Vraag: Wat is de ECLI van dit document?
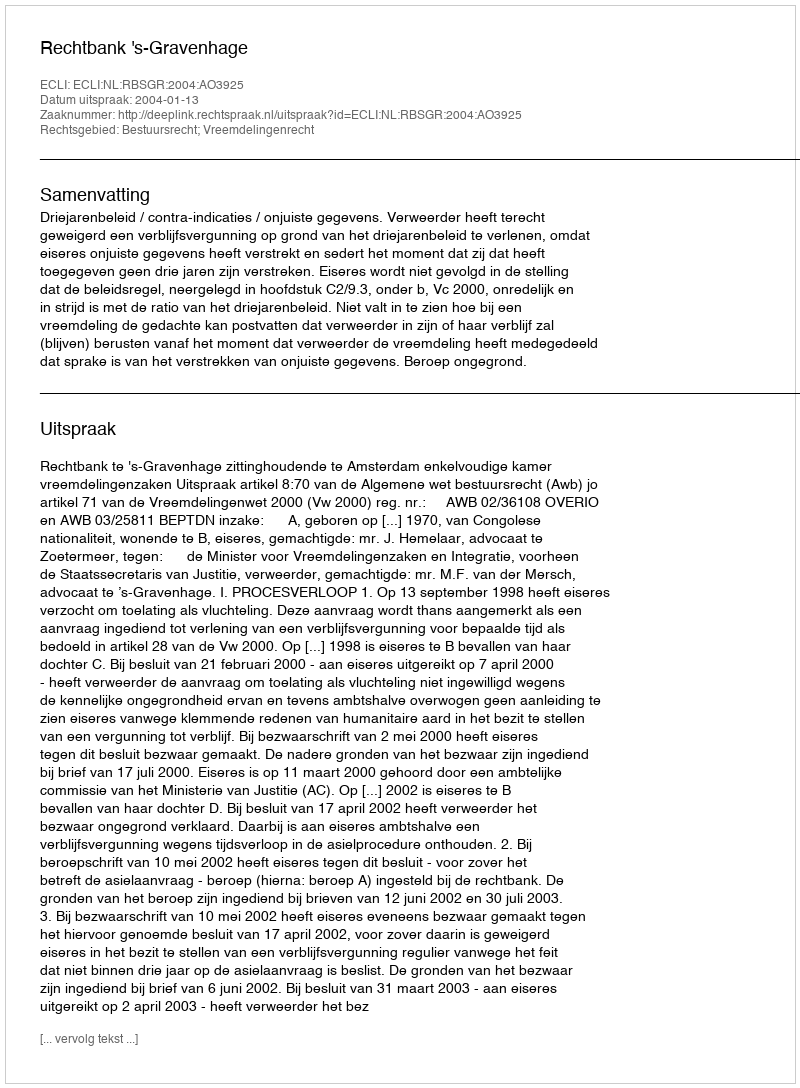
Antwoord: ECLI:NL:RBSGR:2004:AO3925